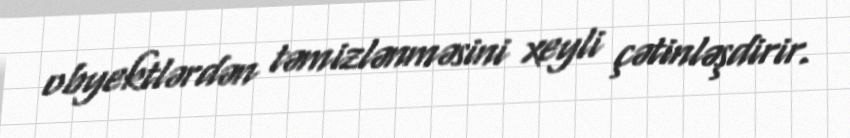
obyektlərdən təmizlənməsini xeyli çətinləşdirir.